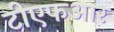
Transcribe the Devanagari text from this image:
टीएफआर